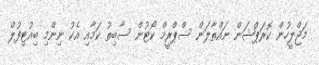
މަޖްލީހުން ކޮރަޕްޝަން ނައްތާލަން ސްޕްރީމް ކޯޓުން ސާބިތު ކަމާއި އެކު ނިންމި ބިއުޓިފުލް